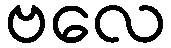
ဗလေ